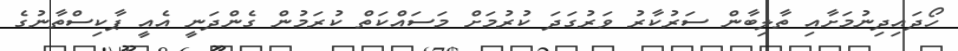
ހޯދައިދިނުމަށާއި ތާލިބާން ސަރުކާރު ވަރުގަދަ ކުރުމަށް މަސައްކަތް ކުރަމުން ގެންދަނީ އެއީ ޕާކިސްތާނުގެ